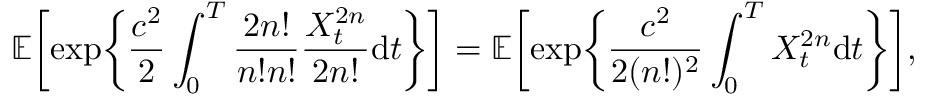
{ \mathbb E } \biggl [ \exp \biggl \{ \frac { c ^ { 2 } } { 2 } \int _ { 0 } ^ { T } \frac { 2 n \mathrm { ! } } { n \mathrm { ! } n \mathrm { ! } } \frac { X _ { t } ^ { 2 n } } { 2 n \mathrm { ! } } \mathrm { d } t \biggr \} \biggr ] = { \mathbb E } \biggl [ \exp \biggl \{ \frac { c ^ { 2 } } { 2 ( n \mathrm { ! } ) ^ { 2 } } \int _ { 0 } ^ { T } X _ { t } ^ { 2 n } \mathrm { d } t \biggr \} \biggr ] ,